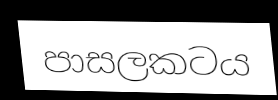
පාසලකටය